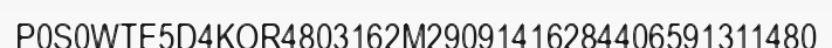
P0S0WTE5D4KOR4803162M29091416284406591311480